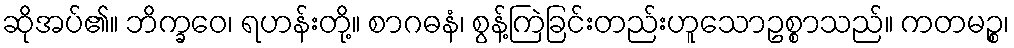
ဆိုအပ်၏။ ဘိက္ခဝေ၊ ရဟန်းတို့။ စာဂဓနံ၊ စွန့်ကြဲခြင်းတည်းဟူသောဥစ္စာသည်။ ကတမဉ္စ၊